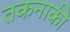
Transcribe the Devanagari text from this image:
तकनाकी